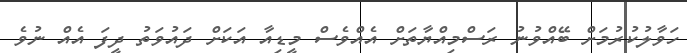
ހަވާލުކުރުމަށް ބޭއްވުނު ރަސްމިއްޔާތަށް އެއްވެސް މީޑިއާ އަކަށް ދައުވަތު ދީފަ އެއް ނުވެ